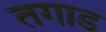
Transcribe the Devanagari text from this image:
तगाड